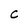
Character: C